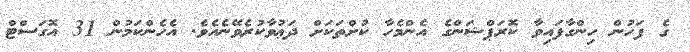
ގެ ފަހުން ހިންގާފައިވާ ކޮރަޕްޝަންގެ އެންމެހާ ކުށްތަކަށް ދަޢުވާކުރެވޭނެއެވެ. އެހެންކަމުން 31 އޮގަސްޓް